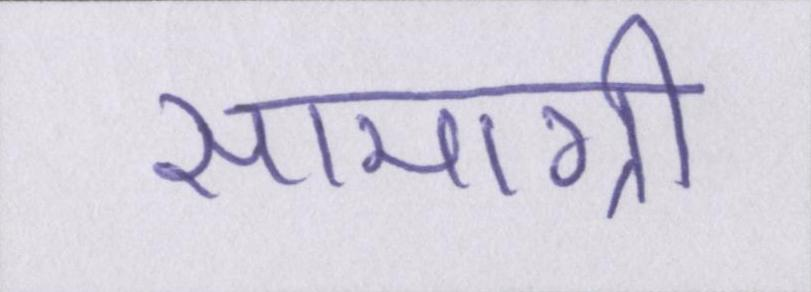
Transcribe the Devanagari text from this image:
सामाग्री